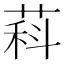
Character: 萪